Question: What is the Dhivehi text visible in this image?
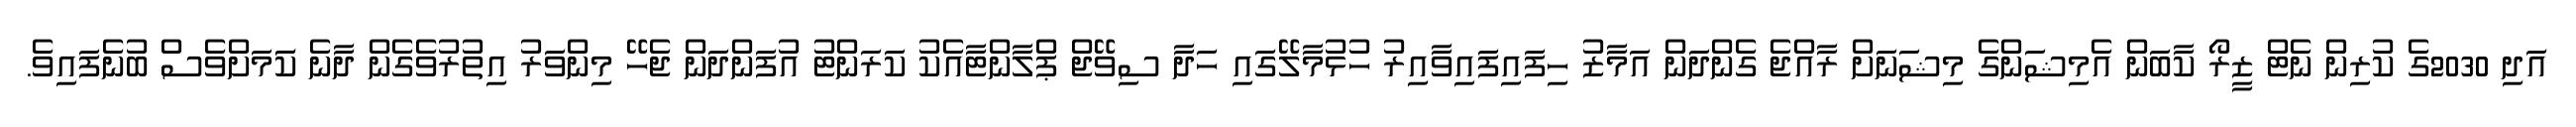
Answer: އަދި 2030ގެ ކުރިން ނެޓް ޒީރޯ ކާބަން އެމިޝަންގެ މިޝަނަށް ރާއްޖެ ގެންދަން އަމާޒު ހިފައިފައިވާއިރު ހުޅުމާލޭގައި ހަދާ ސިވޭޖް ޕްލާންޓާއެކު ކަރަންޓު އުފަންދަން ޖެހޭ މިންވަރު އިތުރުވެގެން ދާނެ ކަަމަށްވެސް ބުނެފައިވެ.